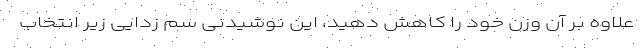
علاوه بر آن وزن خود را کاهش دهید، این نوشیدنی سم زدایی زیر انتخاب